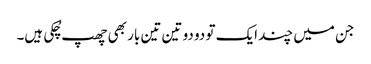
جن میں چند ایک تو دو دو تین تین بار بھی چھپ چُکی ہیں۔